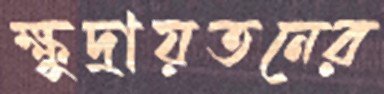
ক্ষুদ্রায়তনের